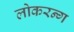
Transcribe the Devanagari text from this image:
लोकरन्ग